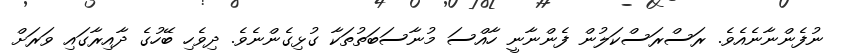
ނުފެންނާނެއެވެ. ރަސްރަސްކަލުން ފެންނާނީ ހާއްސަ މުނާސަބަތުތަކާ ގުޅިގެންނެވެ. ދިވެހި ބޭހުގެ ދާއިރާގައި ވަރަށް